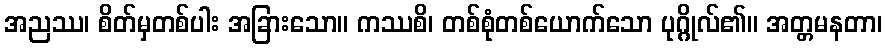
အညဿ၊ စိတ်မှတစ်ပါး အခြားသော။ ကဿစိ၊ တစ်စုံတစ်ယောက်သော ပုဂ္ဂိုလ်၏။ အတ္တမနတာ၊